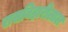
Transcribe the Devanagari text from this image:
रासबिहारीलाल